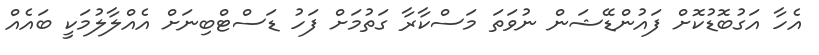
އެހާ އަގުބޮޑުކޮށް ފައުންޑޭޝަން ނުވަތަ މަސްކާރާ ގަތުމަށް ފަހު ޑަސްޓްބިނަށް އެއްލާލުމަކީ ބައެއް